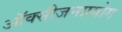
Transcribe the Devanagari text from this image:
ऑक्सीजनप्रयोग